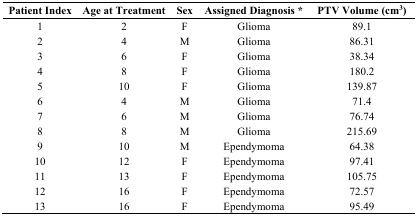
| Patient Index | Age at Treatment | Sex | Assigned Diagnosis * | PTV Volume (cm3) |
 | --- | --- | --- | --- | --- |
 | 1 | 2 | F | Glioma | 89.1 |
 | 2 | 4 | M | Glioma | 86.31 |
 | 3 | 6 | F | Glioma | 38.34 |
 | 4 | 8 | F | Glioma | 180.2 |
 | 5 | 10 | F | Glioma | 139.87 |
 | 6 | 4 | M | Glioma | 71.4 |
 | 7 | 6 | M | Glioma | 76.74 |
 | 8 | 8 | M | Glioma | 215.69 |
 | 9 | 10 | M | Ependymoma | 64.38 |
 | 10 | 12 | F | Ependymoma | 97.41 |
 | 11 | 13 | F | Ependymoma | 105.75 |
 | 12 | 16 | F | Ependymoma | 72.57 |
 | 13 | 16 | F | Ependymoma | 95.49 |